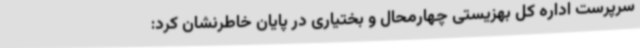
سرپرست اداره کل بهزیستی چهارمحال و بختیاری در پایان خاطرنشان کرد: